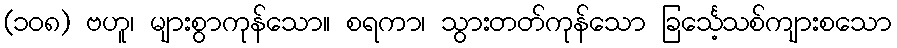
(၁၀၈) ဗဟူ၊ များစွာကုန်သော။ စရကာ၊ သွားတတ်ကုန်သော ခြင်္သေ့သစ်ကျားစသော